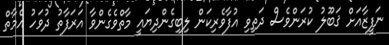
ނަފީޒާއަށް ޤަބޫލު ކުރަންވެސް ދަތިވި އުފާވެރިކަން ލިބިގެންދިޔައީ މާތްވެގެންވާ އަރަފާތު ދުވަހު އެމާތް